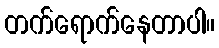
တက်ရောက်နေတာပါ။